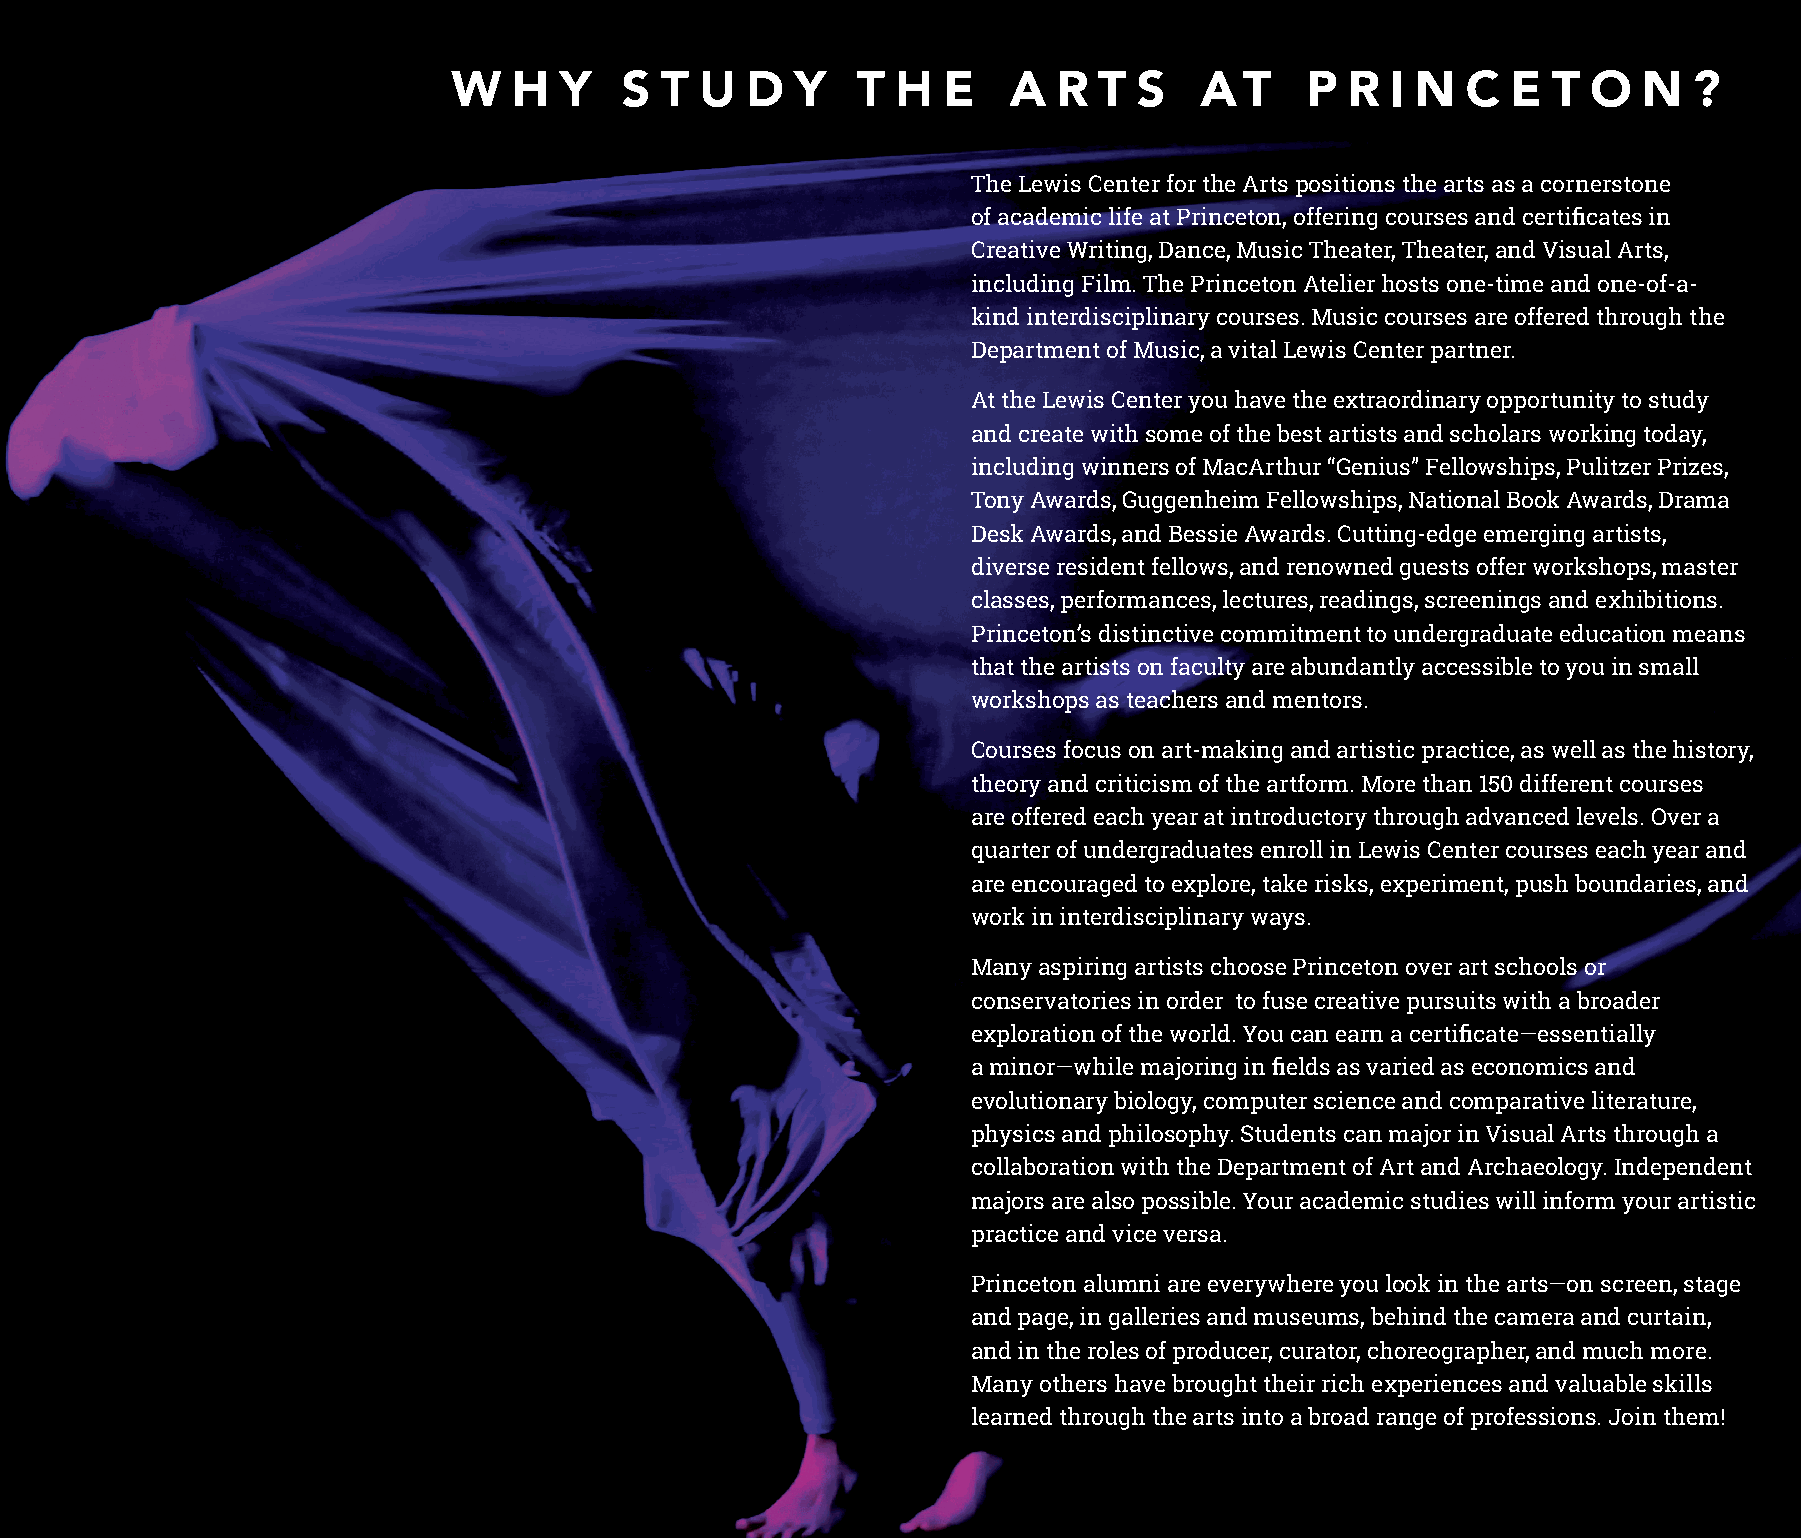
W   H  Y   S  T U  D   Y   T H  E    A  R  T S   AT     P  R  I N  C  E  T O   N  ?
 The Lewis Center for the Arts positions the arts as a cornerstone
 of academic life at Princeton, offering courses and certificates in
 Creative Writing, Dance, Music Theater, Theater, and Visual Arts,
 including Film. The Princeton Atelier hosts one-time and one-of-a-
 kind interdisciplinary courses. Music courses are offered through the
 Department of Music, a vital Lewis Center partner.
 At the Lewis Center you have the extraordinary opportunity to study
 and create with some of the best artists and scholars working today,
 including winners of MacArthur “Genius” Fellowships, Pulitzer Prizes,
 Tony Awards, Guggenheim Fellowships, National Book Awards, Drama
 Desk Awards, and Bessie Awards. Cutting-edge emerging artists,
 diverse resident fellows, and renowned guests offer workshops, master
 classes, performances, lectures, readings, screenings and exhibitions.
 Princeton’s distinctive commitment to undergraduate education means
 that the artists on faculty are abundantly accessible to you in small
 workshops as teachers and mentors.
 Courses focus on art-making and artistic practice, as well as the history,
 theory and criticism of the artform. More than 150 different courses
 are offered each year at introductory through advanced levels. Over a
 quarter of undergraduates enroll in Lewis Center courses each year and
 are encouraged to explore, take risks, experiment, push boundaries, and
 work in interdisciplinary ways.
 Many aspiring artists choose Princeton over art schools or
 conservatories in order to fuse creative pursuits with a broader
 exploration of the world. You can earn a certificate—essentially
 a minor—while majoring in fields as varied as economics and
 evolutionary biology, computer science and comparative literature,
 physics and philosophy. Students can major in Visual Arts through a
 collaboration with the Department of Art and Archaeology. Independent
 majors are also possible. Your academic studies will inform your artistic
 practice and vice versa.
 Princeton alumni are everywhere you look in the arts—on screen, stage
 and page, in galleries and museums, behind the camera and curtain,
 and in the roles of producer, curator, choreographer, and much more.
 Many others have brought their rich experiences and valuable skills
 learned through the arts into a broad range of professions. Join them!